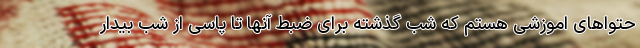
حتواهای اموزشی هستم که شب گذشته برای ضبط آنها تا پاسی از شب بیدار